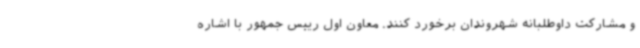
و مشارکت داوطلبانه شهروندان برخورد کنند. معاون اول رییس جمهور با اشاره